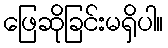
ဖြေဆိုခြင်းမရှိပါ။